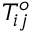
T _ { i j } ^ { o }